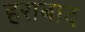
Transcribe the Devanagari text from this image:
हराबाद